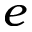
e